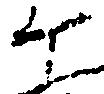
ヶ